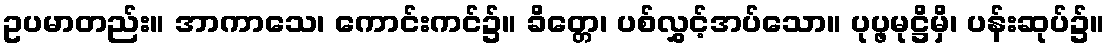
ဥပမာတည်း။ အာကာသေ၊ ကောင်းကင်၌။ ခိတ္တေ၊ ပစ်လွှင့်အပ်သော။ ပုပ္ဖမုဋ္ဌိမှိ၊ ပန်းဆုပ်၌။